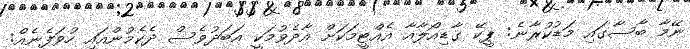
ނޭމާ ބާސާގައި މަޑުކުރާނެ: ޕީކޭ ގާޑިއޯލާއާ އެއްޓީމަކަށް އާދެވުމަކީ އަބަދުވެސް ދެކެމުންއައި ހުވަފެނެއް: